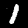
Digit: 1